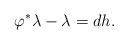
LaTeX: \begin{align*}\varphi^* \lambda - \lambda = d h.\end{align*}